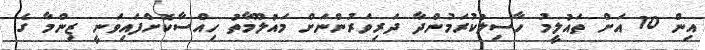
އިން 10 އަށް ތައުލީމު ހާސިލުކުރަމުންދާ ދަރިވަރުންނަށް މައުލޫމާތު ހިއްސާކޮށްފައިވަނީ ޒިންމާ ގެ